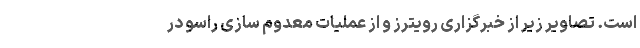
است. تصاویر زیر از خبرگزاری رویترز و از عملیات معدوم سازی راسو در